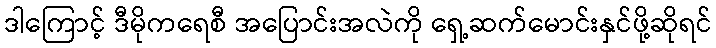
ဒါကြောင့် ဒီမိုကရေစီ အပြောင်းအလဲကို ရှေ့ဆက်မောင်းနှင်ဖို့ဆိုရင်